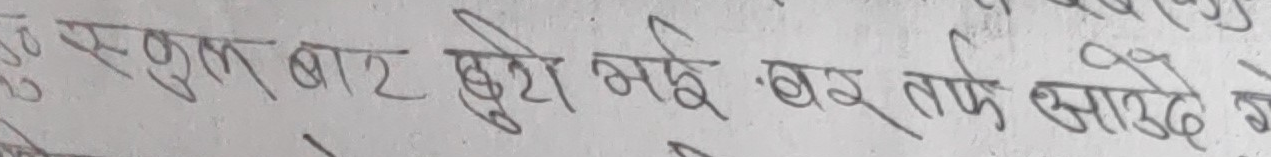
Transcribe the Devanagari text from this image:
ए स्कुल बाट छुट्टी भई घर तर्फ आउदै थे